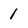
Character: 1